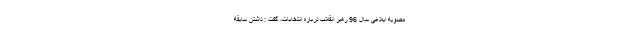
مصوبه ابلاغی سال 96 رهبر انقلاب درباره انتخابات، گفت : داشتن سابقه